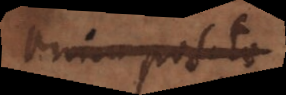
enim posito